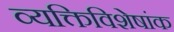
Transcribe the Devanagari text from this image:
व्यक्तिविशेषांक